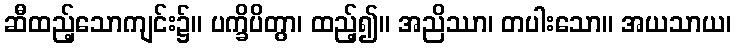
ဆီထည့်သောကျင်း၌။ ပက္ခိပိတွာ၊ ထည့်၍။ အညိဿာ၊ တပါးသော။ အယသာယ၊